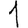
Digit: 1